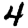
Digit: 4